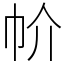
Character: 㠹